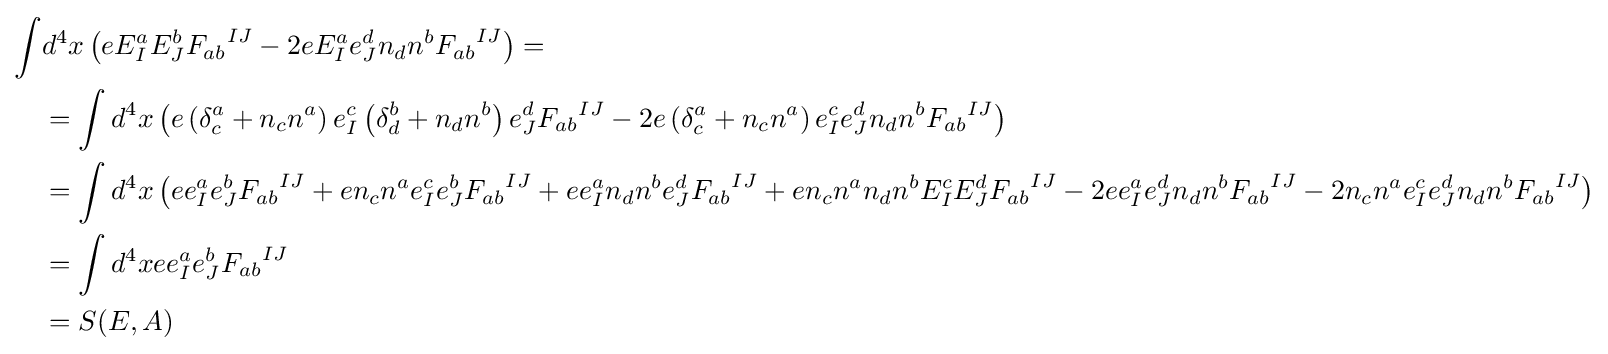
{\begin{aligned}\int &d^{4}x\left(eE_{I}^{a}E_{J}^{b}{F_{ab}}^{IJ}-2eE_{I}^{a}e_{J}^{d}n_{d}n^{b}{F_{ab}}^{IJ}\right)=\\&=\int d^{4}x\left(e\left(\delta _{c}^{a}+n_{c}n^{a}\right)e_{I}^{c}\left(\delta _{d}^{b}+n_{d}n^{b}\right)e_{J}^{d}{F_{ab}}^{IJ}-2e\left(\delta _{c}^{a}+n_{c}n^{a}\right)e_{I}^{c}e_{J}^{d}n_{d}n^{b}{F_{ab}}^{IJ}\right)\\&=\int d^{4}x\left(ee_{I}^{a}e_{J}^{b}{F_{ab}}^{IJ}+en_{c}n^{a}e_{I}^{c}e_{J}^{b}{F_{ab}}^{IJ}+ee_{I}^{a}n_{d}n^{b}e_{J}^{d}{F_{ab}}^{IJ}+en_{c}n^{a}n_{d}n^{b}E_{I}^{c}E_{J}^{d}{F_{ab}}^{IJ}-2ee_{I}^{a}e_{J}^{d}n_{d}n^{b}{F_{ab}}^{IJ}-2n_{c}n^{a}e_{I}^{c}e_{J}^{d}n_{d}n^{b}{F_{ab}}^{IJ}\right)\\&=\int d^{4}xee_{I}^{a}e_{J}^{b}{F_{ab}}^{IJ}\\&=S(E,A)\end{aligned}}